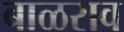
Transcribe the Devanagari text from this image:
बाळराव